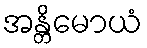
အန္တိမောယံ